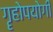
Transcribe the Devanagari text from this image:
गॄहोपयोगी